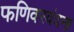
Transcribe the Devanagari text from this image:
फणिवरवंदना